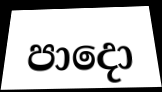
පාදො